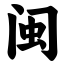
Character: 闽